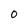
Character: O